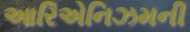
આરિએનિઝમની